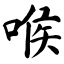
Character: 喉